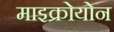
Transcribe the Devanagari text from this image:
माइक्रोयोन